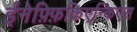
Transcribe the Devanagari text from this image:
ईनेफ़्फ़िकिएन्किएस